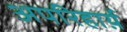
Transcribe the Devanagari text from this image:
अपरिहार्य़